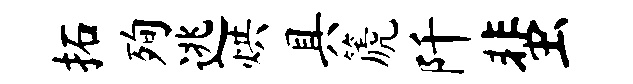
拓殉逃烘具篪阡蜚